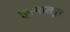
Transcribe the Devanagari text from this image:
इस्मालपुर